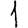
Digit: 1